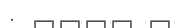
: